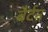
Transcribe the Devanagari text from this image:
बैर्टन